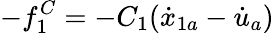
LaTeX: -f_{1}^{C}=-C_{1}(\dot{x}_{1a}-\dot{u}_{a})